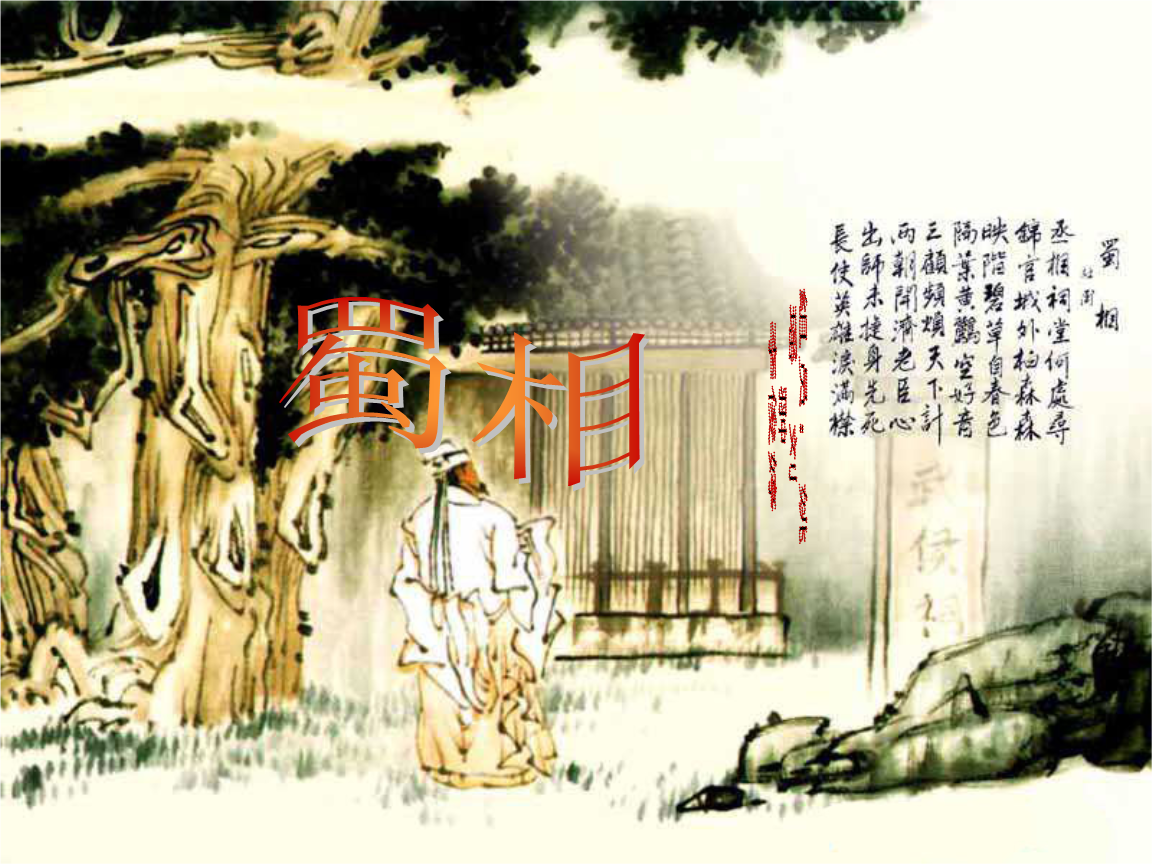
丞相祠堂何处寻，锦官城外柏森森。